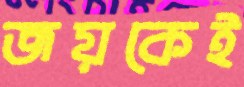
জয়কেই